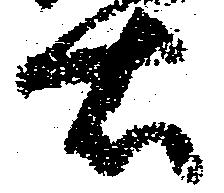
右